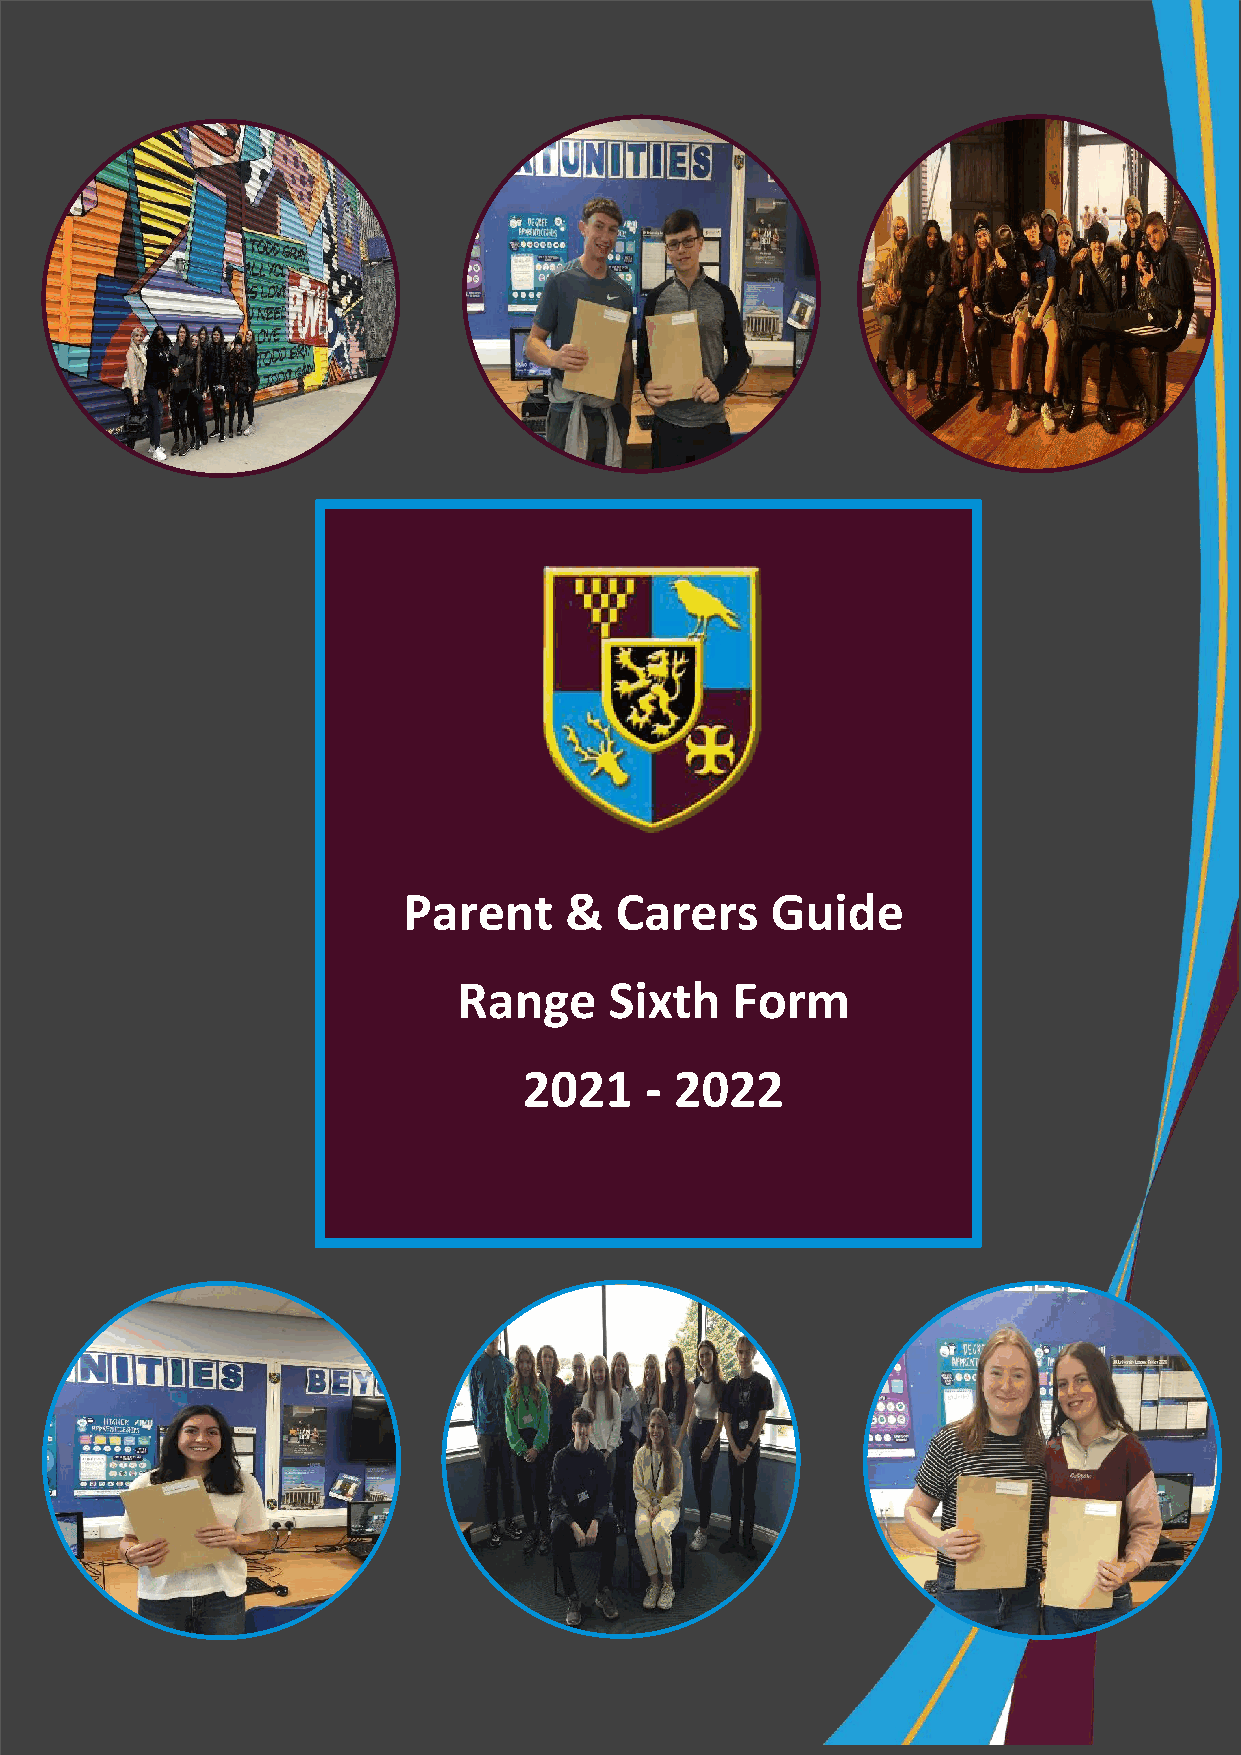
Parent    &   Carers    Guide
 Range     Sixth   Form
 2021    - 2022